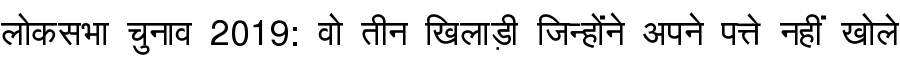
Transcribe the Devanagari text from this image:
लोकसभा चुनाव 2019: वो तीन खिलाड़ी जिन्होंने अपने पत्ते नहीं खोले